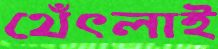
থেঁৎলাই